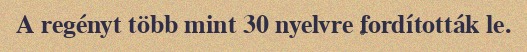
A regényt több mint 30 nyelvre fordították le.